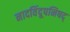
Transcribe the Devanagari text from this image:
नादविंदूपनिषद्